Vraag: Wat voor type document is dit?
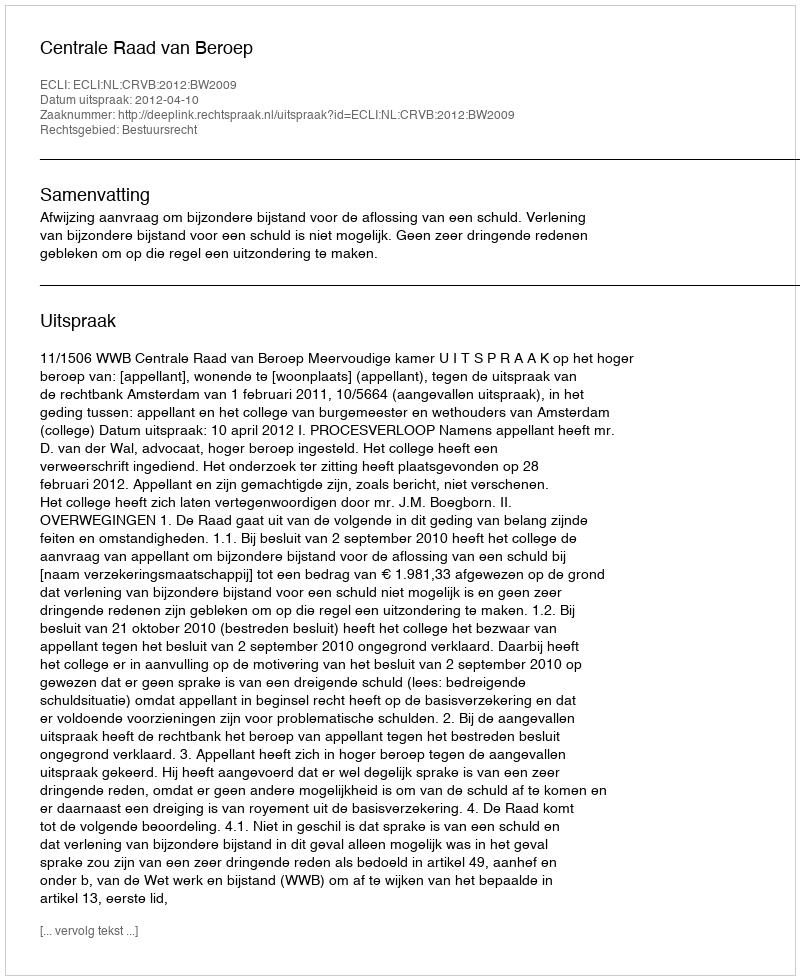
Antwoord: Uitspraak